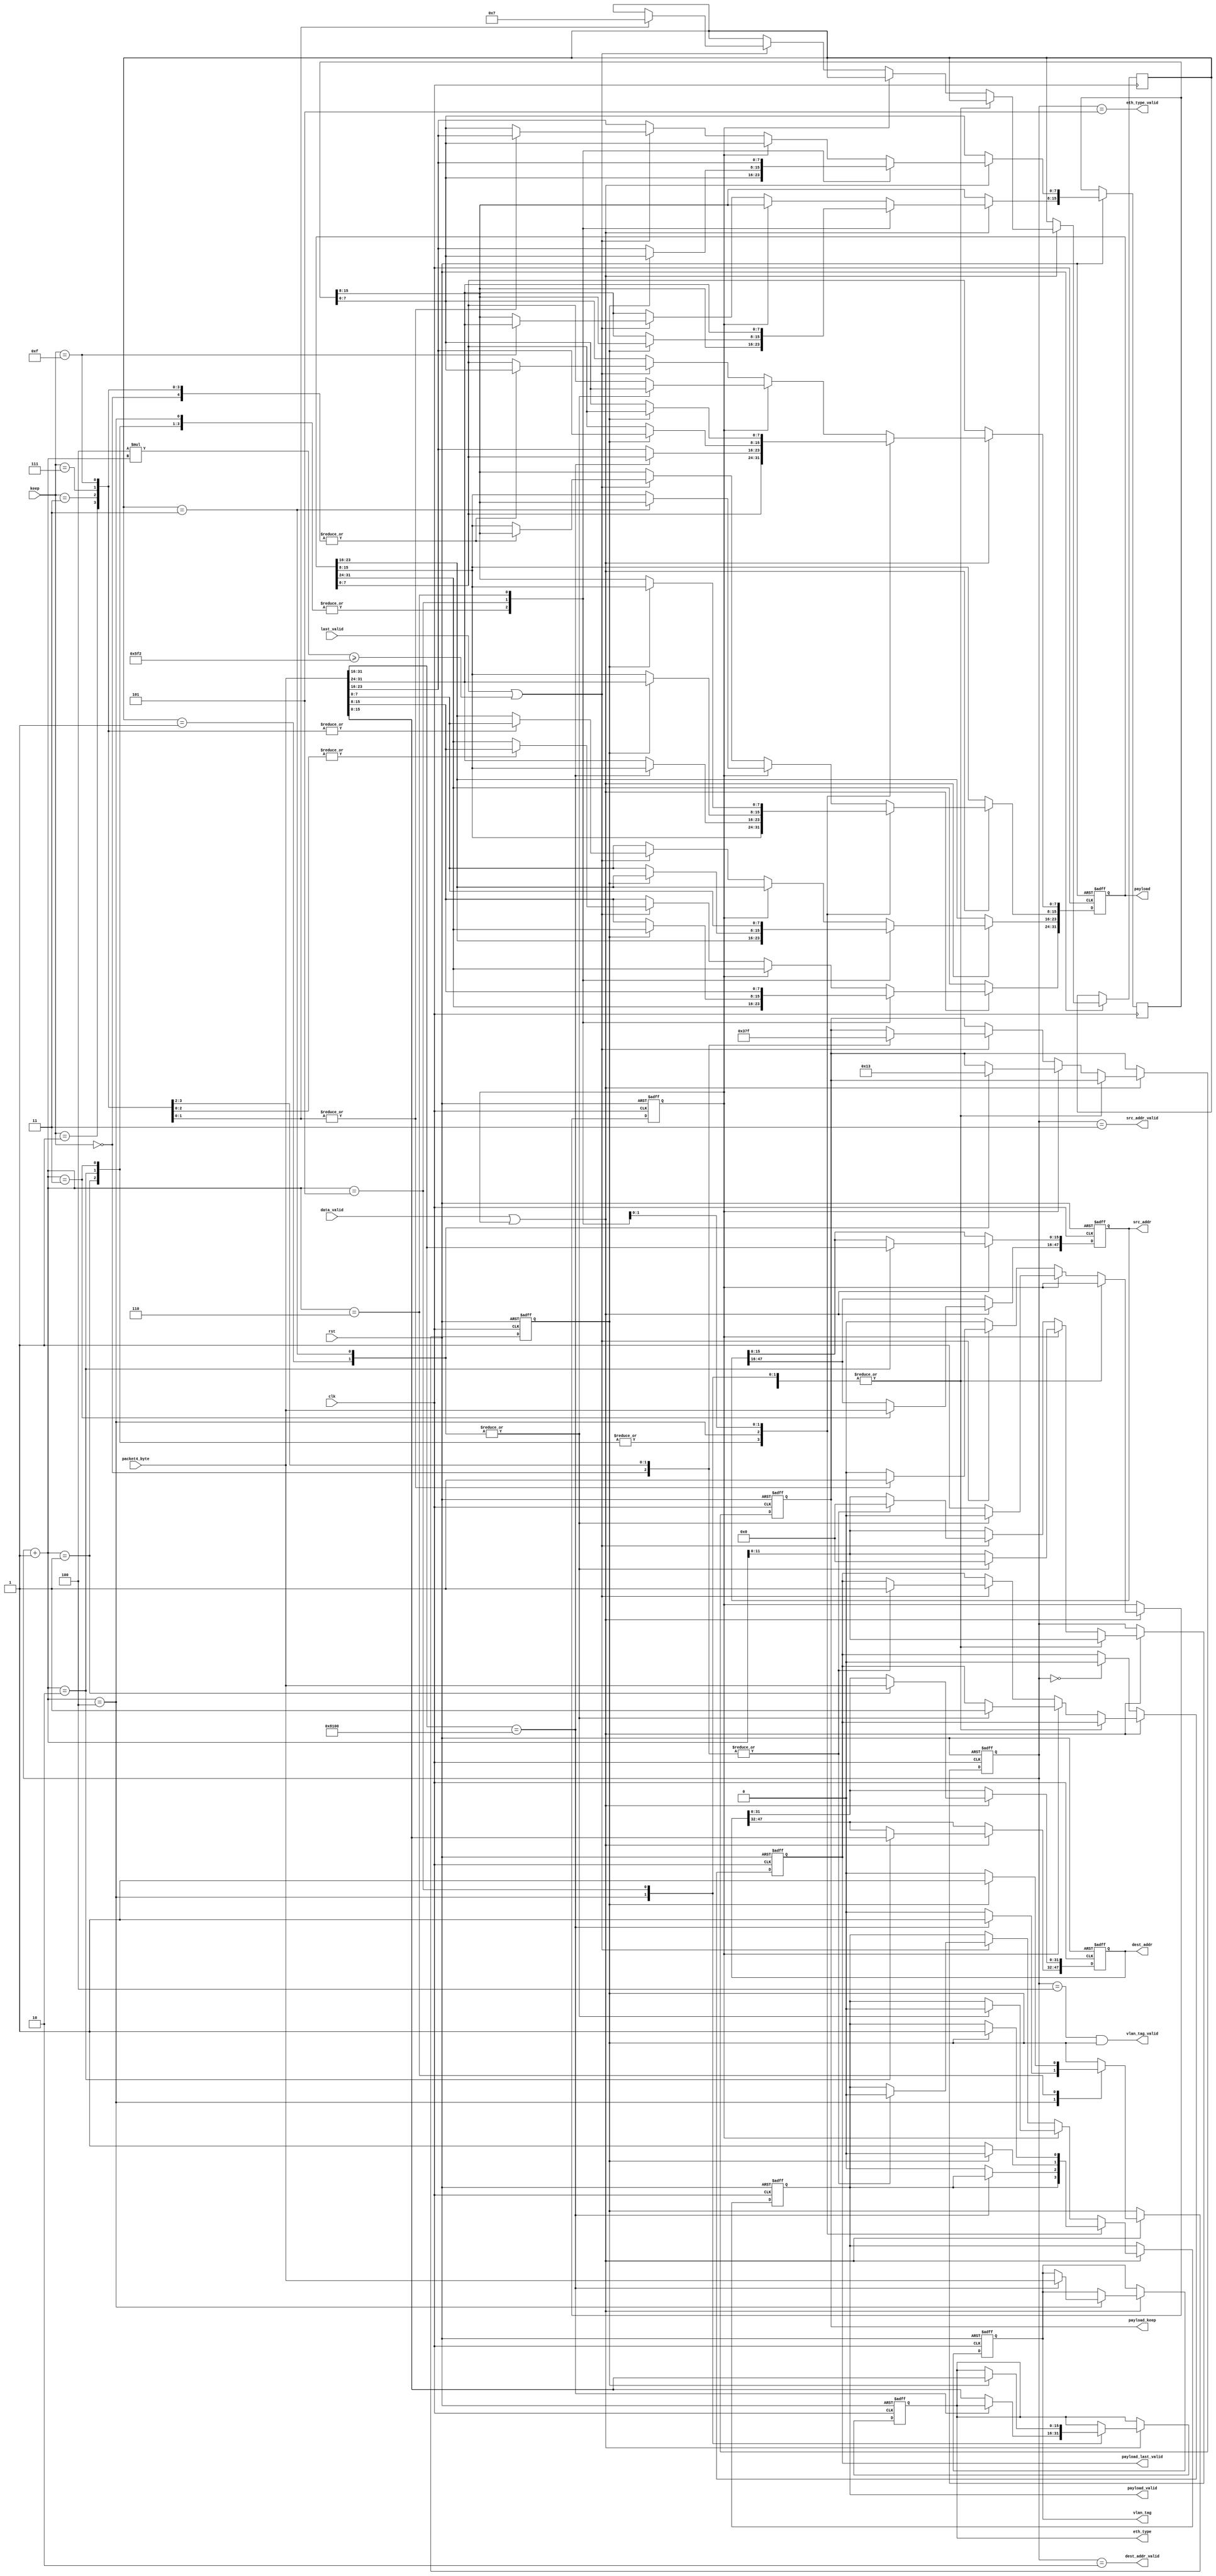
`timescale 1ns / 1ps

module packet_decoder(

    input wire clk,
    input wire rst,
    input wire [31:0] packet4_byte,
    input wire data_valid,
    input wire last_valid,
    input wire [3:0] keep,
    output reg [31:0] payload,
    output reg payload_valid,
    output reg [47:0] dest_addr, // 6 byte
    output reg [47:0] src_addr, // 6 byte
    output reg [31:0] vlan_tag, // 4 byte
    output reg [15:0] eth_type, // 2 byte
    output reg payload_last_valid,
    output reg [3:0] payload_keep,
    output wire dest_addr_valid,
    output wire src_addr_valid,
    output wire vlan_tag_valid,
    output wire eth_type_valid
    
    );
    
    reg [11:0] byte_cnt;
    reg vlan_flag;
    reg payload_overflow;
    reg [15:0] temp_payload;
    reg [1:0] overflow_keep;
    
    localparam MTU = 1522;
     
    always @(posedge clk,negedge rst) begin
        if(!rst) begin
            byte_cnt <= 0;
            vlan_flag <= 0;
            payload_valid <= 0;
            payload <= 0;
            dest_addr <= 0;
            src_addr <= 0;
            vlan_tag <= 0;
            eth_type <= 0;
            payload_last_valid <= 0;
            payload_keep <= 0;
            payload_overflow <= 0;
        end
        else begin
            if(data_valid || payload_overflow) begin         
                byte_cnt <= byte_cnt + 1;
                case(byte_cnt + 1)
                    12'd1 : begin
                            dest_addr [31:0] <= packet4_byte;
                    end
                    12'd2 : begin
                            {src_addr [15:0],dest_addr [47:32]} <= packet4_byte;  
                    end
                    12'd3 : begin
                            src_addr [47:16] <= packet4_byte;
                    end
                    12'd4 : begin
                            if(packet4_byte[31:16] == 16'h8100) begin // checking the vlan_tag
                                vlan_tag [31:0] <= packet4_byte;
                                vlan_flag <= 1'b1;
            
                            end
                            else begin
                                eth_type [15:0] <= packet4_byte [15:0];
                                payload [15:0] <= packet4_byte [31:16];
                                payload_valid <= 1'b0;
                                vlan_flag <= 1'b0;
                            end
                    end
                    12'd5 : begin
                            if(vlan_flag ) begin
                                eth_type [15:0] <= packet4_byte [15:0];
                                payload [15:0] <= packet4_byte [31:16];
                                payload_valid <= 1'b0;
                            end
                            else begin
                                payload [31:16] <= packet4_byte [15:0];
                                temp_payload <= packet4_byte [31:16];
                                payload_valid <= 1'b1;
                            end
                    end
                    12'd6 : begin
                            if(vlan_flag) begin
                                payload [31:16] <= packet4_byte [15:0];
                                temp_payload <= packet4_byte [31:16];
                                payload_valid <= 1'b1;
                            end
                            else begin
                                payload <= {packet4_byte[15:0],temp_payload};
                                temp_payload <= packet4_byte [31:16];
                                vlan_flag <= 1'b0;
                            end
                    end       
                    default : begin
                            if (!payload_overflow) begin // checking the payload overflow
                                if(last_valid || ( 4*(byte_cnt+1)>= MTU )) begin  // checking the last valid or maximum byte size
                                    case(keep)
                                        4'b0000 : begin
                                                    payload [15:0] <= temp_payload;
                                                    payload_keep <= 4'b0011;
                                                    byte_cnt <= 0;
                                                    payload_valid <= 1'b0;
                                                    payload_last_valid <= 1'b1;
                                        end
                                        4'b0001 : begin
                                                    payload [23:0] <= {packet4_byte [7:0],temp_payload};
                                                    payload_keep <= 4'b0111;
                                                    byte_cnt <= 0;
                                                    payload_valid <= 1'b0;
                                                    payload_last_valid <= 1'b1;
                                        end
                                        4'b0011 : begin
                                                    payload <= {packet4_byte [15:0],temp_payload};
                                                    payload_keep <= 4'b1111;
                                                    byte_cnt <= 0;
                                                    payload_valid <= 1'b0;
                                                    payload_last_valid <= 1'b1;

                                        end
                                        4'b0111 : begin
                                                    payload  <= {packet4_byte [15:0],temp_payload};
                                                    temp_payload [7:0] <= packet4_byte [23:16]; 
                                                    payload_overflow <= 1'b1;
                                                    overflow_keep <= 2'b01;
                                        end
                                        4'b1111 : begin
                                                    payload <= {packet4_byte [15:0],temp_payload};
                                                    temp_payload <= packet4_byte [31:16]; 
                                                    payload_overflow <= 1'b1;
                                                    overflow_keep <= 2'b11;

                                        end
                                        default : begin
                                                    payload <= payload;
                                        end
                                    endcase 
                                end
                                else begin 
                                    payload <= {packet4_byte [15:0],temp_payload};
                                    temp_payload <= packet4_byte [31:16];
                                end
                            end
                            else begin
                                case (overflow_keep)
                                    2'b01 : begin
                                                payload [7:0] <= temp_payload [7:0];
                                                payload_valid <= 1'b0;
                                                payload_last_valid <= 1'b1;
                                                payload_keep <= 4'b0001;
                                                byte_cnt <= 0;
                                                payload_overflow <= 0;

                                    end
                                    2'b11 : begin
                                                payload [15:0] <= temp_payload;
                                                payload_valid <= 1'b0;
                                                payload_last_valid <= 1'b1;
                                                payload_keep <= 4'b0011;
                                                byte_cnt <= 0;
                                                payload_overflow <= 0;
                                    end
                                    default : begin
                                                payload <= payload;

                                    end

                                endcase
                            end
                                
                    end
                endcase
            end
            else begin
                if (!byte_cnt) begin
                    payload_last_valid <= 1'b0;
                end
                else begin
                    byte_cnt <= byte_cnt;
                end
            end
        end
    end
    
    assign dest_addr_valid = (byte_cnt == 2);
    assign src_addr_valid = (byte_cnt == 3);
    assign vlan_tag_valid = (byte_cnt == 4) && vlan_flag;
    assign eth_type_valid = (byte_cnt == 5);
    
endmodule